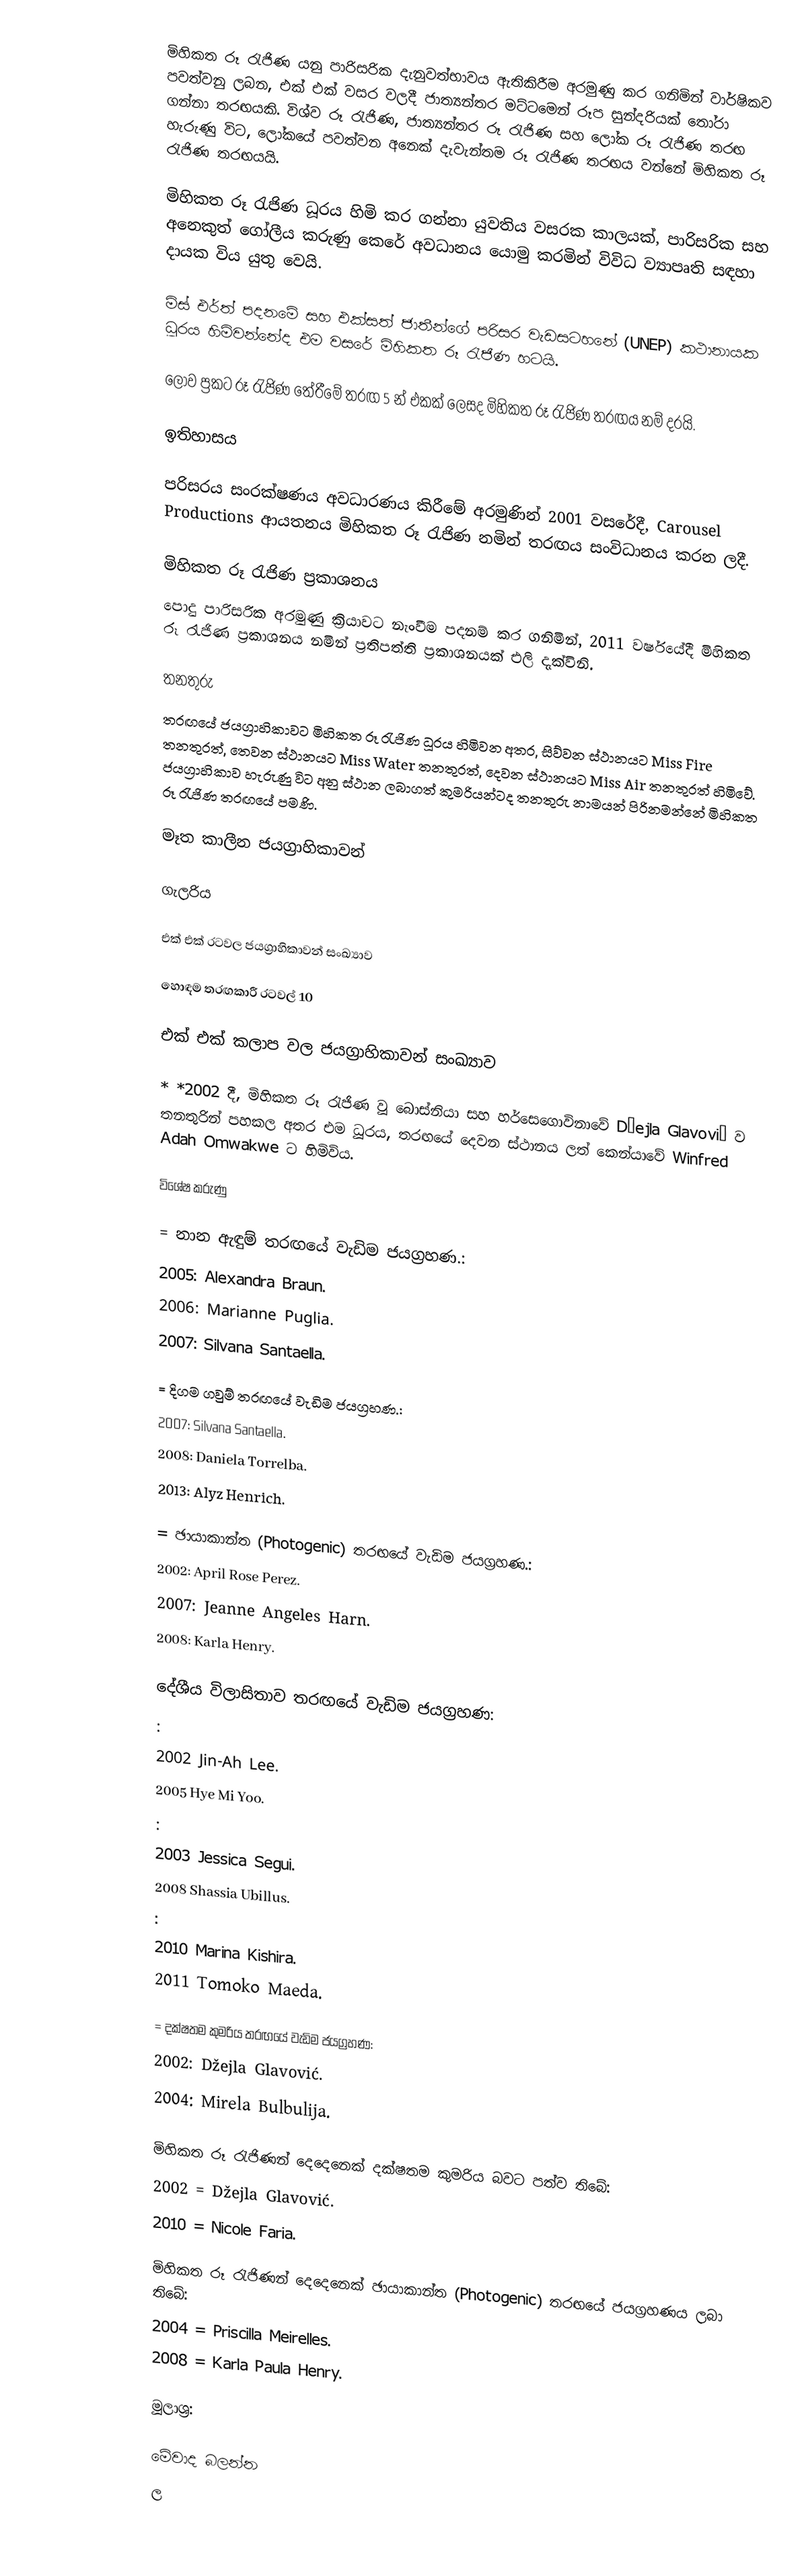
මිහිකත රූ රැජිණ යනු පාරිසරික දැනුවත්භාවය ඇතිකිරීම අරමුණු කර ගනිමින් වාර්ෂිකව පවත්වනු ලබන, එක් එක් වසර වලදී ජාත්‍යන්තර මට්ටමෙන් රූප සුන්දරියක් තෝරා ගන්නා තරඟයකි. විශ්ව රූ රැජිණ, ජාත්‍යන්තර රූ රැජිණ සහ ලෝක රූ රැජිණ තරඟ හැරුණු විට, ලෝකයේ පවත්වන අනෙක් දැවැන්තම රූ රැජිණ තරඟය වන්නේ මිහිකත රූ රැජිණ තරඟයයි.

මිහිකත රූ රැජිණ ධූරය හිමි කර ගන්නා යුවතිය වසරක කාලයක්, පාරිසරික සහ අනෙකුත් ගෝලීය කරුණු කෙරේ අවධානය යොමු කරමින් විවිධ ව්‍යාපෘති සඳහා දායක විය යුතු වෙයි.

මිස් එර්ත් පදනමේ සහ එක්සත් ජාතීන්ගේ පරිසර වැඩසටහනේ (UNEP) කථානායක ධූරය හිමිවන්නේද එම වසරේ මිහිකත රූ රැජිණ හටයි.

ලොව ප්‍රකට රූ රැජිණ තේරීමේ තරඟ 5 න් එකක් ලෙසද මිහිකත රූ රැජිණ තරඟය නම් දරයි.

ඉතිහාසය

පරිසරය සංරක්ෂණය අවධාරණය කිරීමේ අරමුණින් 2001 වසරේදී, Carousel Productions ආයතනය මිහිකත රූ රැජිණ නමින් තරඟය සංවිධානය කරන ලදී.

මිහිකත රූ රැජිණ ප්‍රකාශනය
පොදු පාරිසරික අරමුණු ක්‍රියාවට නැංවීම පදනම් කර ගනිමින්, 2011 වර්ෂයේදී මිහිකත රූ රැජිණ ප්‍රකාශනය නමින් ප්‍රතිපත්ති ප්‍රකාශනයක් එලි දැක්විනි.

තනතුරු
තරඟයේ ජයග්‍රාහිකාවට මිහිකත රූ රැජිණ ධූරය හිමිවන අතර, සිව්වන ස්ථානයට Miss Fire තනතුරත්, තෙවන ස්ථානයට Miss Water තනතුරත්, දෙවන ස්ථානයට Miss Air තනතුරත් හිමිවේ. ජයග්‍රාහිකාව හැරුණු විට අනු ස්ථාන ලබාගත් කුමරියන්ටද තනතුරු නාමයන් පිරිනමන්නේ මිහිකත රූ රැජිණ තරඟයේ පමණි.

මෑත කාලීන ජයග්‍රාහිකාවන්

ගැලරිය

එක් එක් රටවල ජයග්‍රාහිකාවන් සංඛ්‍යාව

හොඳම තරඟකාරී රටවල් 10

එක් එක් කලාප වල ජයග්‍රාහිකාවන් සංඛ්‍යාව

* *2002 දී, මිහිකත රූ රැජිණ වූ බොස්නියා සහ හර්සෙගොවිනාවේ Džejla Glavović ව තනතුරින් පහකල අතර එම ධූරය, තරඟයේ දෙවන ස්ථානය ලත් කෙන්යාවේ Winfred Adah Omwakwe ට හිමිවිය.

විශේෂ කරුණු

 = නාන ඇඳුම් තරඟයේ වැඩිම ජයග්‍රහණ.:
 2005: Alexandra Braun.
 2006: Marianne Puglia.
 2007: Silvana Santaella.

 = දිගම ගවුම් තරඟයේ වැඩිම ජයග්‍රහණ.:
 2007: Silvana Santaella.
 2008: Daniela Torrelba.
 2013: Alyz Henrich.

 = ඡායාකාන්ත (Photogenic) තරඟයේ වැඩිම ජයග්‍රහණ.:
 2002: April Rose Perez.
 2007: Jeanne Angeles Harn.
 2008: Karla Henry.

 දේශීය විලාසිතාව තරඟයේ වැඩිම ජයග්‍රහණ:
 :
2002 Jin-Ah Lee.
2005 Hye Mi Yoo.
 :
2003 Jessica Segui.
2008 Shassia Ubillus.
 :
2010 Marina Kishira.
 2011 Tomoko Maeda.

 = දක්ෂතම කුමරිය තරඟයේ වැඩිම ජයග්‍රහණ:
 2002: Džejla Glavović.
 2004: Mirela Bulbulija.

 මිහිකත රූ රැජිණන් දෙදෙනෙක් දක්ෂතම කුමරිය බවට පත්ව තිබේ:
2002 = Džejla Glavović.
2010 = Nicole Faria.

 මිහිකත රූ රැජිණන් දෙදෙනෙක් ඡායාකාන්ත (Photogenic) තරඟයේ ජයග්‍රහණය ලබා තිබේ:
2004 = Priscilla Meirelles.
2008 = Karla Paula Henry.

මූලාශ්‍ර:

මේවාද බලන්න
ල